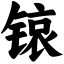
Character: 锿